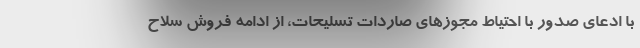
با ادعای صدور با احتیاط مجوزهای صاردات تسلیحات، از ادامه فروش سلاح